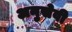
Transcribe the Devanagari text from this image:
अनुसेवी